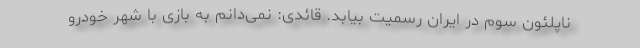
ناپلئون سوم در ایران رسمیت بیابد. قائدی: نمی‌دانم به بازی با شهر خودرو